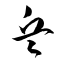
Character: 兵